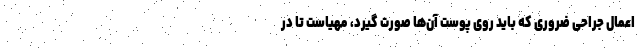
اعمال جراحی ضروری که باید روی پوست آن‌ها صورت گیرد، مهیاست تا در